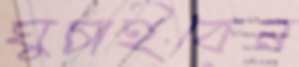
ঘুচাইবেন